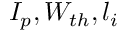
I _ { p } , W _ { t h } , l _ { i }